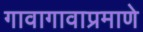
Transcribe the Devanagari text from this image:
गावागावाप्रमाणे